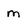
Character: m